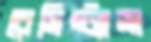
রেসিস্ট্যান্স